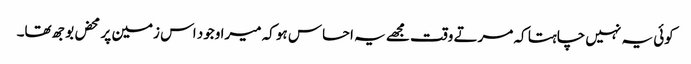
کوئی یہ نہیں چاہتا کہ مرتے وقت مجھے یہ احساس ہو کہ میرا وجود اس زمین پر محض بوجھ تھا۔